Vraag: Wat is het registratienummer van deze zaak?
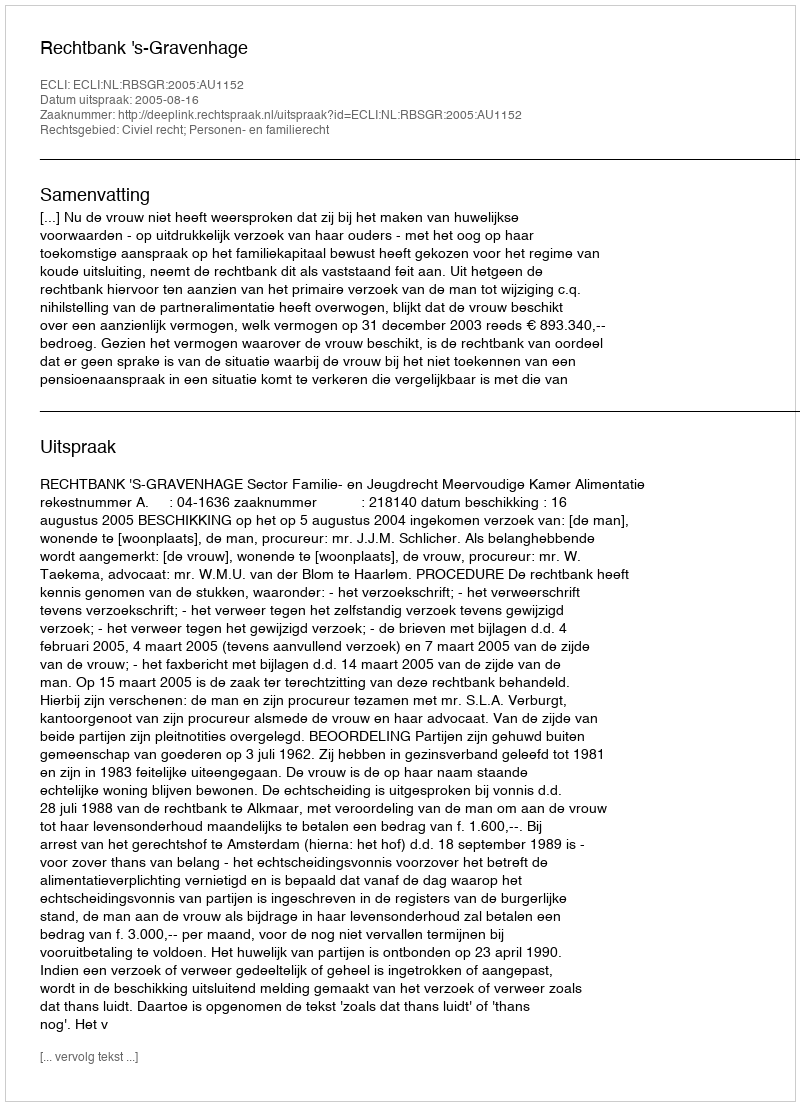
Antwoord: http://deeplink.rechtspraak.nl/uitspraak?id=ECLI:NL:RBSGR:2005:AU1152